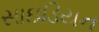
સાઇડિયન